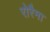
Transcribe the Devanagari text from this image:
रोरैमा